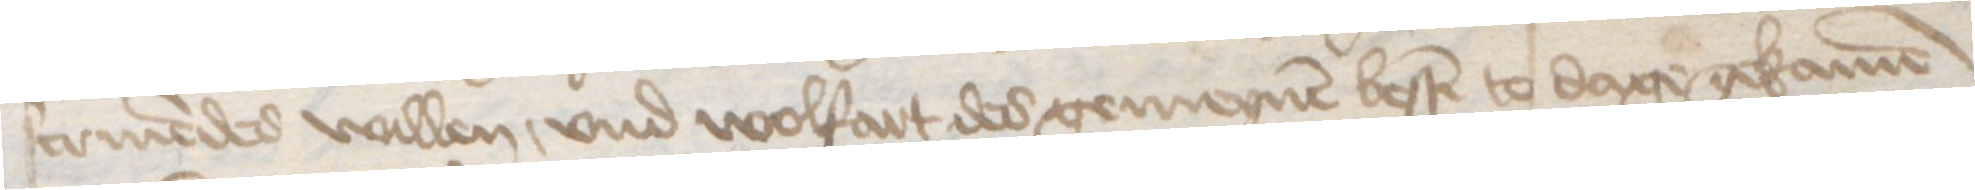
scriuendes willen, vnd wolfart des gemeynen besten to dage gekamen